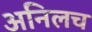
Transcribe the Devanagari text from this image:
अनिलच